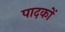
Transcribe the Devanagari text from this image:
पादकों